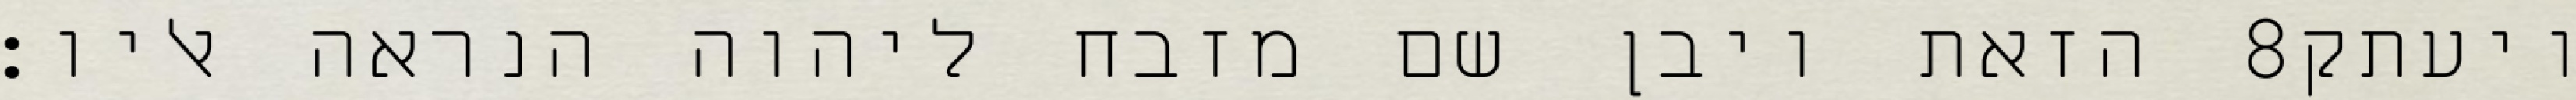
הזאת ויבן שם מזבח ליהוה הנראה אליו׃ ‎8‏ ויעתק